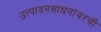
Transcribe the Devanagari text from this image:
उत्पादनसाधनांवरची